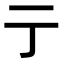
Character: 亍